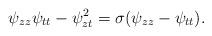
LaTeX: \begin{align*}\psi_{zz}\psi_{tt}-\psi_{zt}^2 =\sigma(\psi_{zz}-\psi_{tt}). \end{align*}